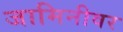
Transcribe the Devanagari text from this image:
जामिनीवर